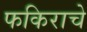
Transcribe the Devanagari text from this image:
फकिराचे